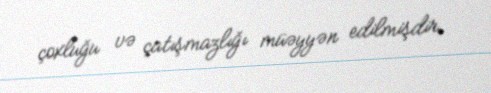
çoxluğu və çatışmazlığı müəyyən edilmişdir.